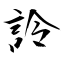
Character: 詅